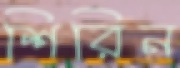
শিরিন